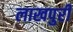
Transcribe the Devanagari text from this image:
लाखपुरी